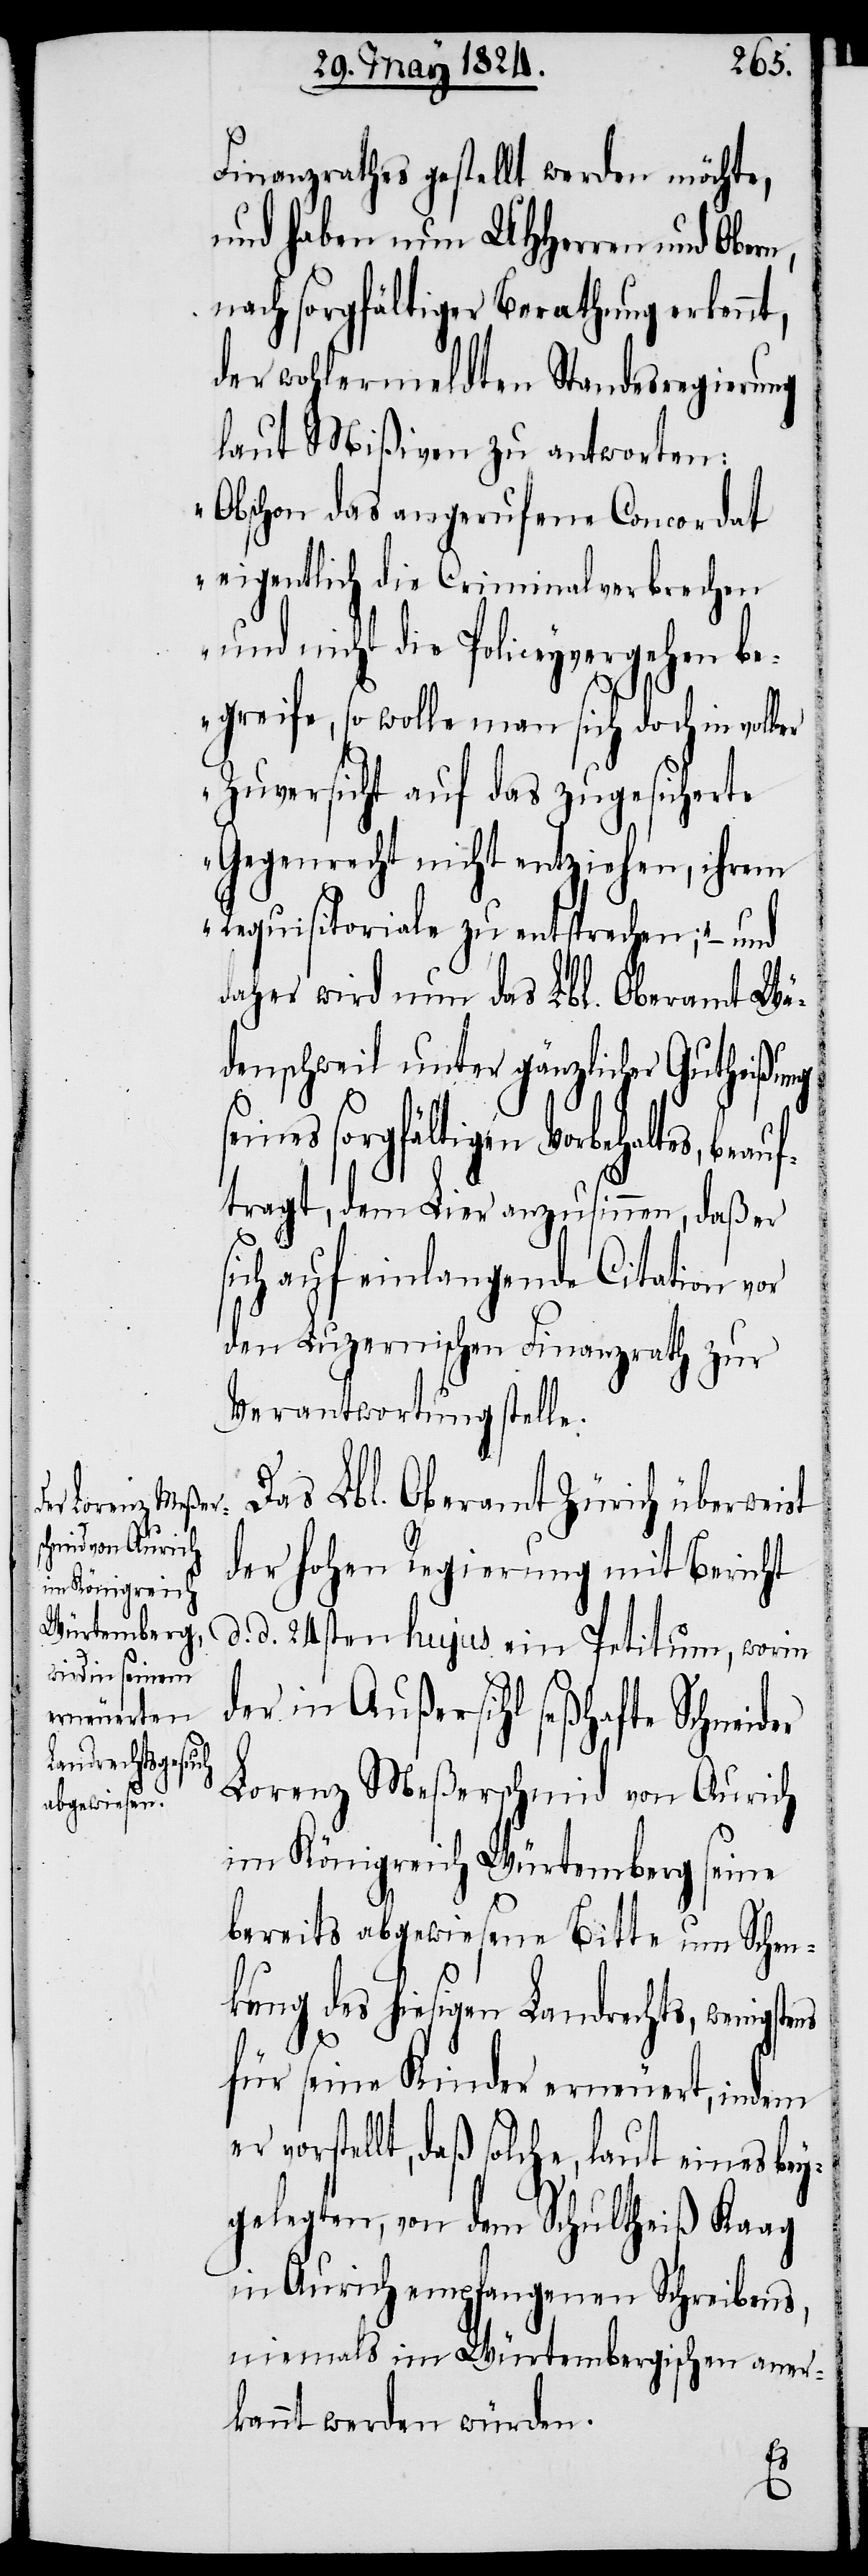
Finanzrathes gestellt werden möchte,
und haben nun UHHerren und Obern,
nach sorgfältiger Berathung erkennt,
der wohlermeldten Standesregierung
laut Mißiven zu antworten:
„Obschon das angerufene Concordat
eigentlich die Criminalverbrechen
nicht die Policeyvergehen
begreife, so wolle man sich doch in voller
Zuversicht auf das zugesicherte
Gegenrecht nicht entziehen, ihrem
Requisitoriale zu entsprechen“; – und
daher wird nun das Lbl. Oberamt Wä¬
denschweil unter gänzlicher Gutheißung
seines sorgfältigen Vorbehalts, beau¬
ftagt, dem Lier anzusinnen, daß er
auf eingelangende Citation
den Luzernischen Finanzrath zur
Verantwortung stelle.
Das Lbl. Oberamt Zürich überweist
der hohen Regierung mit Bericht
d. 24sten hujus ein Petitum, worin
der in Außersihl seßhafte Schneider
Lorenz Meßerschmid von Aurich
im Königreich Würtemberg seine
bereits abgewiesene Bitte um Schen¬
kung des hiesigen Landrechts, wenigstens
für seine Kinder erneuert, indem
vorstellt, daß solche, laut eines bey¬
gelegten, von dem Schultheiß Kaag
in Aurich empfangenen Schreibens,
niemals im Würtembergischen aner¬
kannt werden würden.